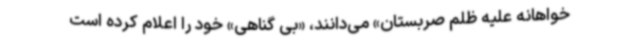
خواهانه علیه ظلم صربستان» می‌دانند، «بی گناهی» خود را اعلام کرده است